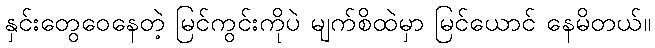
နှင်းတွေဝေနေတဲ့ မြင်ကွင်းကိုပဲ မျက်စိထဲမှာ မြင်ယောင် နေမိတယ်။